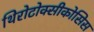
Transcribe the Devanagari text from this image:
थिरोटोक्सीकोसिस